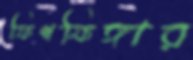
ফিশফিঙ্গার